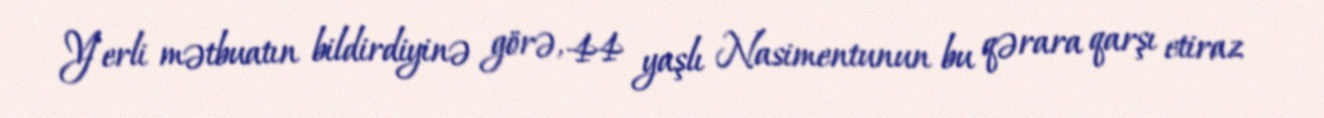
Yerli mətbuatın bildirdiyinə görə, 44 yaşlı Nasimentunun bu qərara qarşı etiraz